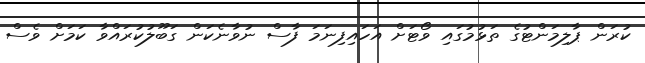
ކުރަން ޕާލިމަންޓުގެ ތަޅުމުގައި ވޯޓަށް އަހައިފިނަމަ ފާސް ނުވާނެކަން ގަބޫލުކުރައްވާ ކަމަށް ވެސް